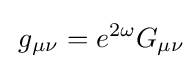
\,g_{\mu \nu }=e^{2\omega }G_{\mu \nu }\!